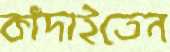
কাঁদাইতেন